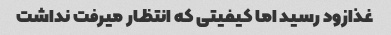
غذازود رسید اما کیفیتی که انتظار میرفت نداشت